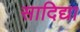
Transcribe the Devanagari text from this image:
सादिद्या